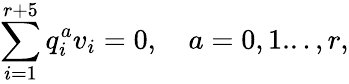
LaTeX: \sum_{i=1}^{r+5}q_{i}^{a}v_{i}=0,\quad a=0,1...,r,